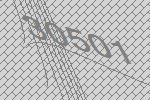
30501